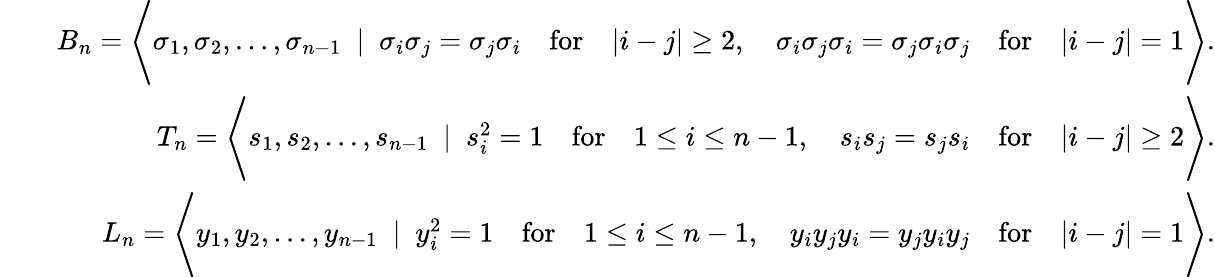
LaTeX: \begin{array}{rlr}&{}&{B_{n}=\Bigg\langle\sigma_{1},\sigma_{2},\ldots,\sigma_{n-1}~\mid~\sigma_{i}\sigma_{j}=\sigma_{j}\sigma_{i}\quad\textrm{for}\quad|i-j|\ge 2,\quad\sigma_{i}\sigma_{j}\sigma_{i}=\sigma_{j}\sigma_{i}\sigma_{j}\quad\mathrm{for}\quad|i-j|=1\Bigg\rangle.}\\ &{}&{T_{n}=\Bigg\langle s_{1},s_{2},\ldots,s_{n-1}~\mid~s_{i}^{2}=1\quad\textrm{for}\quad 1\le i\le n-1,\quad s_{i}s_{j}=s_{j}s_{i}\quad\mathrm{for}\quad|i-j|\geq 2\Bigg\rangle.}\\ &{}&{L_{n}=\Bigg\langle y_{1},y_{2},\ldots,y_{n-1}~\mid~y_{i}^{2}=1\quad\textrm{for}\quad 1\le i\le n-1,\quad y_{i}y_{j}y_{i}=y_{j}y_{i}y_{j}\quad\mathrm{for}\quad|i-j|=1\Bigg\rangle.}\end{array}